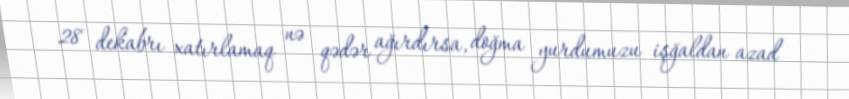
28 dekabrı xatırlamaq nə qədər ağırdırsa, doğma yurdumuzu işğaldan azad